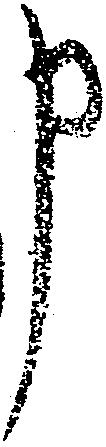
申